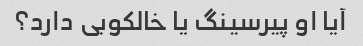
آیا او پیرسینگ یا خالکوبی دارد؟